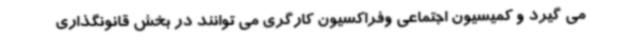
می گیرد و کمیسیون اجتماعی وفراکسیون کارگری می توانند در بخش قانونگذاری